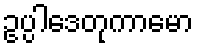
ဥပ္ပါဒေတုကာမော